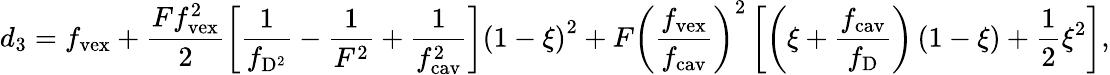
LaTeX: d_{3}=f_{\mathrm{vex}}+\frac{Ff_{\mathrm{vex}}^{2}}{2}\left[\frac{1}{f_{\mathrm{D}^{2}}}-\frac{1}{F^{2}}+\frac{1}{f_{\mathrm{cav}}^{2}}\right]\left(1-\xi\right)^{2}+F\left(\frac{f_{\mathrm{vex}}}{f_{\mathrm{cav}}}\right)^{2}\left[\left(\xi+\frac{f_{\mathrm{cav}}}{f_{\mathrm{D}}}\right)\left(1-\xi\right)+\frac{1}{2}\xi^{2}\right],